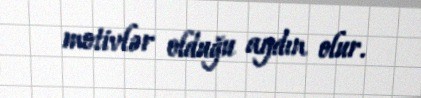
motivlər olduğu aydın olur.